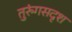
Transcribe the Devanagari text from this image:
तुरुंगसदृश